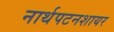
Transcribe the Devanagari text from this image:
नार्थपटनशायर